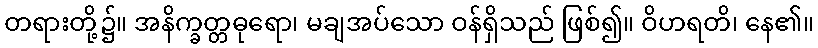
တရားတို့၌။ အနိက္ခတ္တဓုရော၊ မချအပ်သော ဝန်ရှိသည် ဖြစ်၍။ ဝိဟရတိ၊ နေ၏။